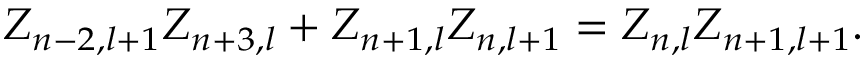
Z _ { n - 2 , l + 1 } Z _ { n + 3 , l } + Z _ { n + 1 , l } Z _ { n , l + 1 } = Z _ { n , l } Z _ { n + 1 , l + 1 } .